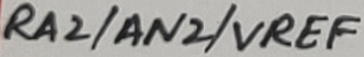
Text: RA2/AN2/VREF